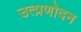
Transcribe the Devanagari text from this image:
उत्प्रणोदन